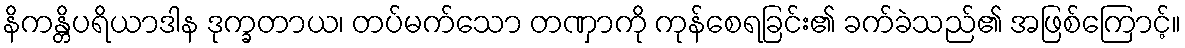
နိကန္တိပရိယာဒါန ဒုက္ခတာယ၊ တပ်မက်သော တဏှာကို ကုန်စေရခြင်း၏ ခက်ခဲသည်၏ အဖြစ်ကြောင့်။